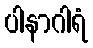
ပါနာဂါရံ